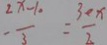
- \frac { 2 x - 1 0 } { 3 } = \frac { 3 < x } { 2 }